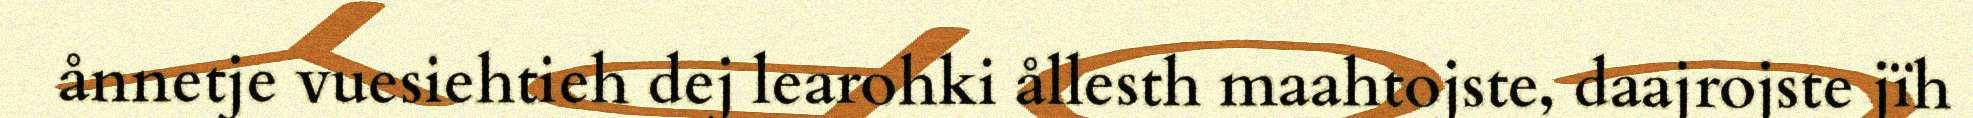
ånnetje vuesiehtieh dej learohki ållesth maahtojste, daajrojste jïh